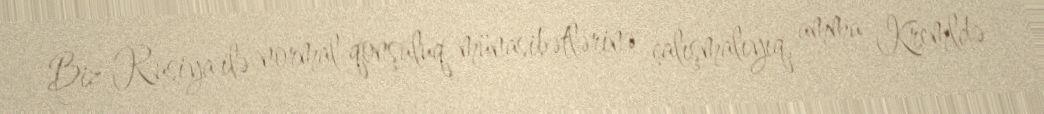
Biz Rusiya ilə normal qonşuluq münasibətlərinə çalışmalıyıq, amma Kremldə